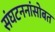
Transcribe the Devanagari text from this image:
संघटननांसोबत